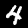
Label: 4